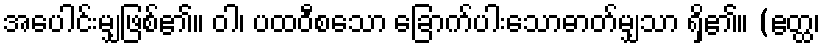
အပေါင်းမျှဖြစ်၏။ ဝါ၊ ပထဝီစသော ခြောက်ပါးသောဓာတ်မျှသာ ရှိ၏။ (ဧတ္ထ၊